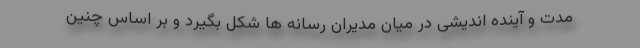
مدت و آینده اندیشی در میان مدیران رسانه ها شکل بگیرد و بر اساس چنین